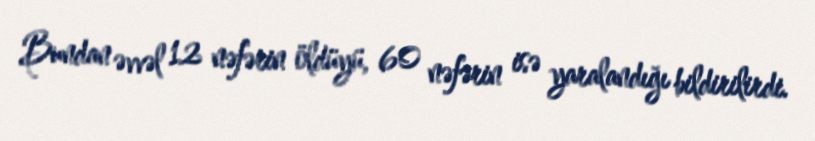
Bundan əvvəl 12 nəfərin öldüyü, 60 nəfərin isə yaralandığı bildirilirdi.